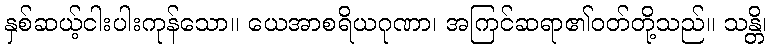
နှစ်ဆယ့်ငါးပါးကုန်သော။ ယေအာစရိယဂုဏာ၊ အကြင်ဆရာ၏ဝတ်တို့သည်။ သန္တိ၊